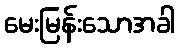
မေးမြန်းသောအခါ